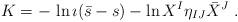
LaTeX: \begin{align*} K = - \, \ln \imath (\bar{s} - s) - \ln{X^I\eta_{IJ} \bar X^J} \ .\end{align*}